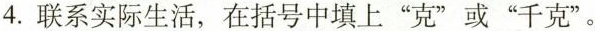
4.联系实际生活，在括号中填上”克”或”千克”。